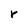
Character: r